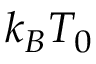
k _ { B } T _ { 0 }